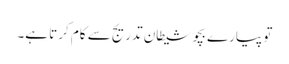
تو پیارے بچو شیطان تدریج سے کام کرتا ہے۔